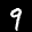
Label: 9